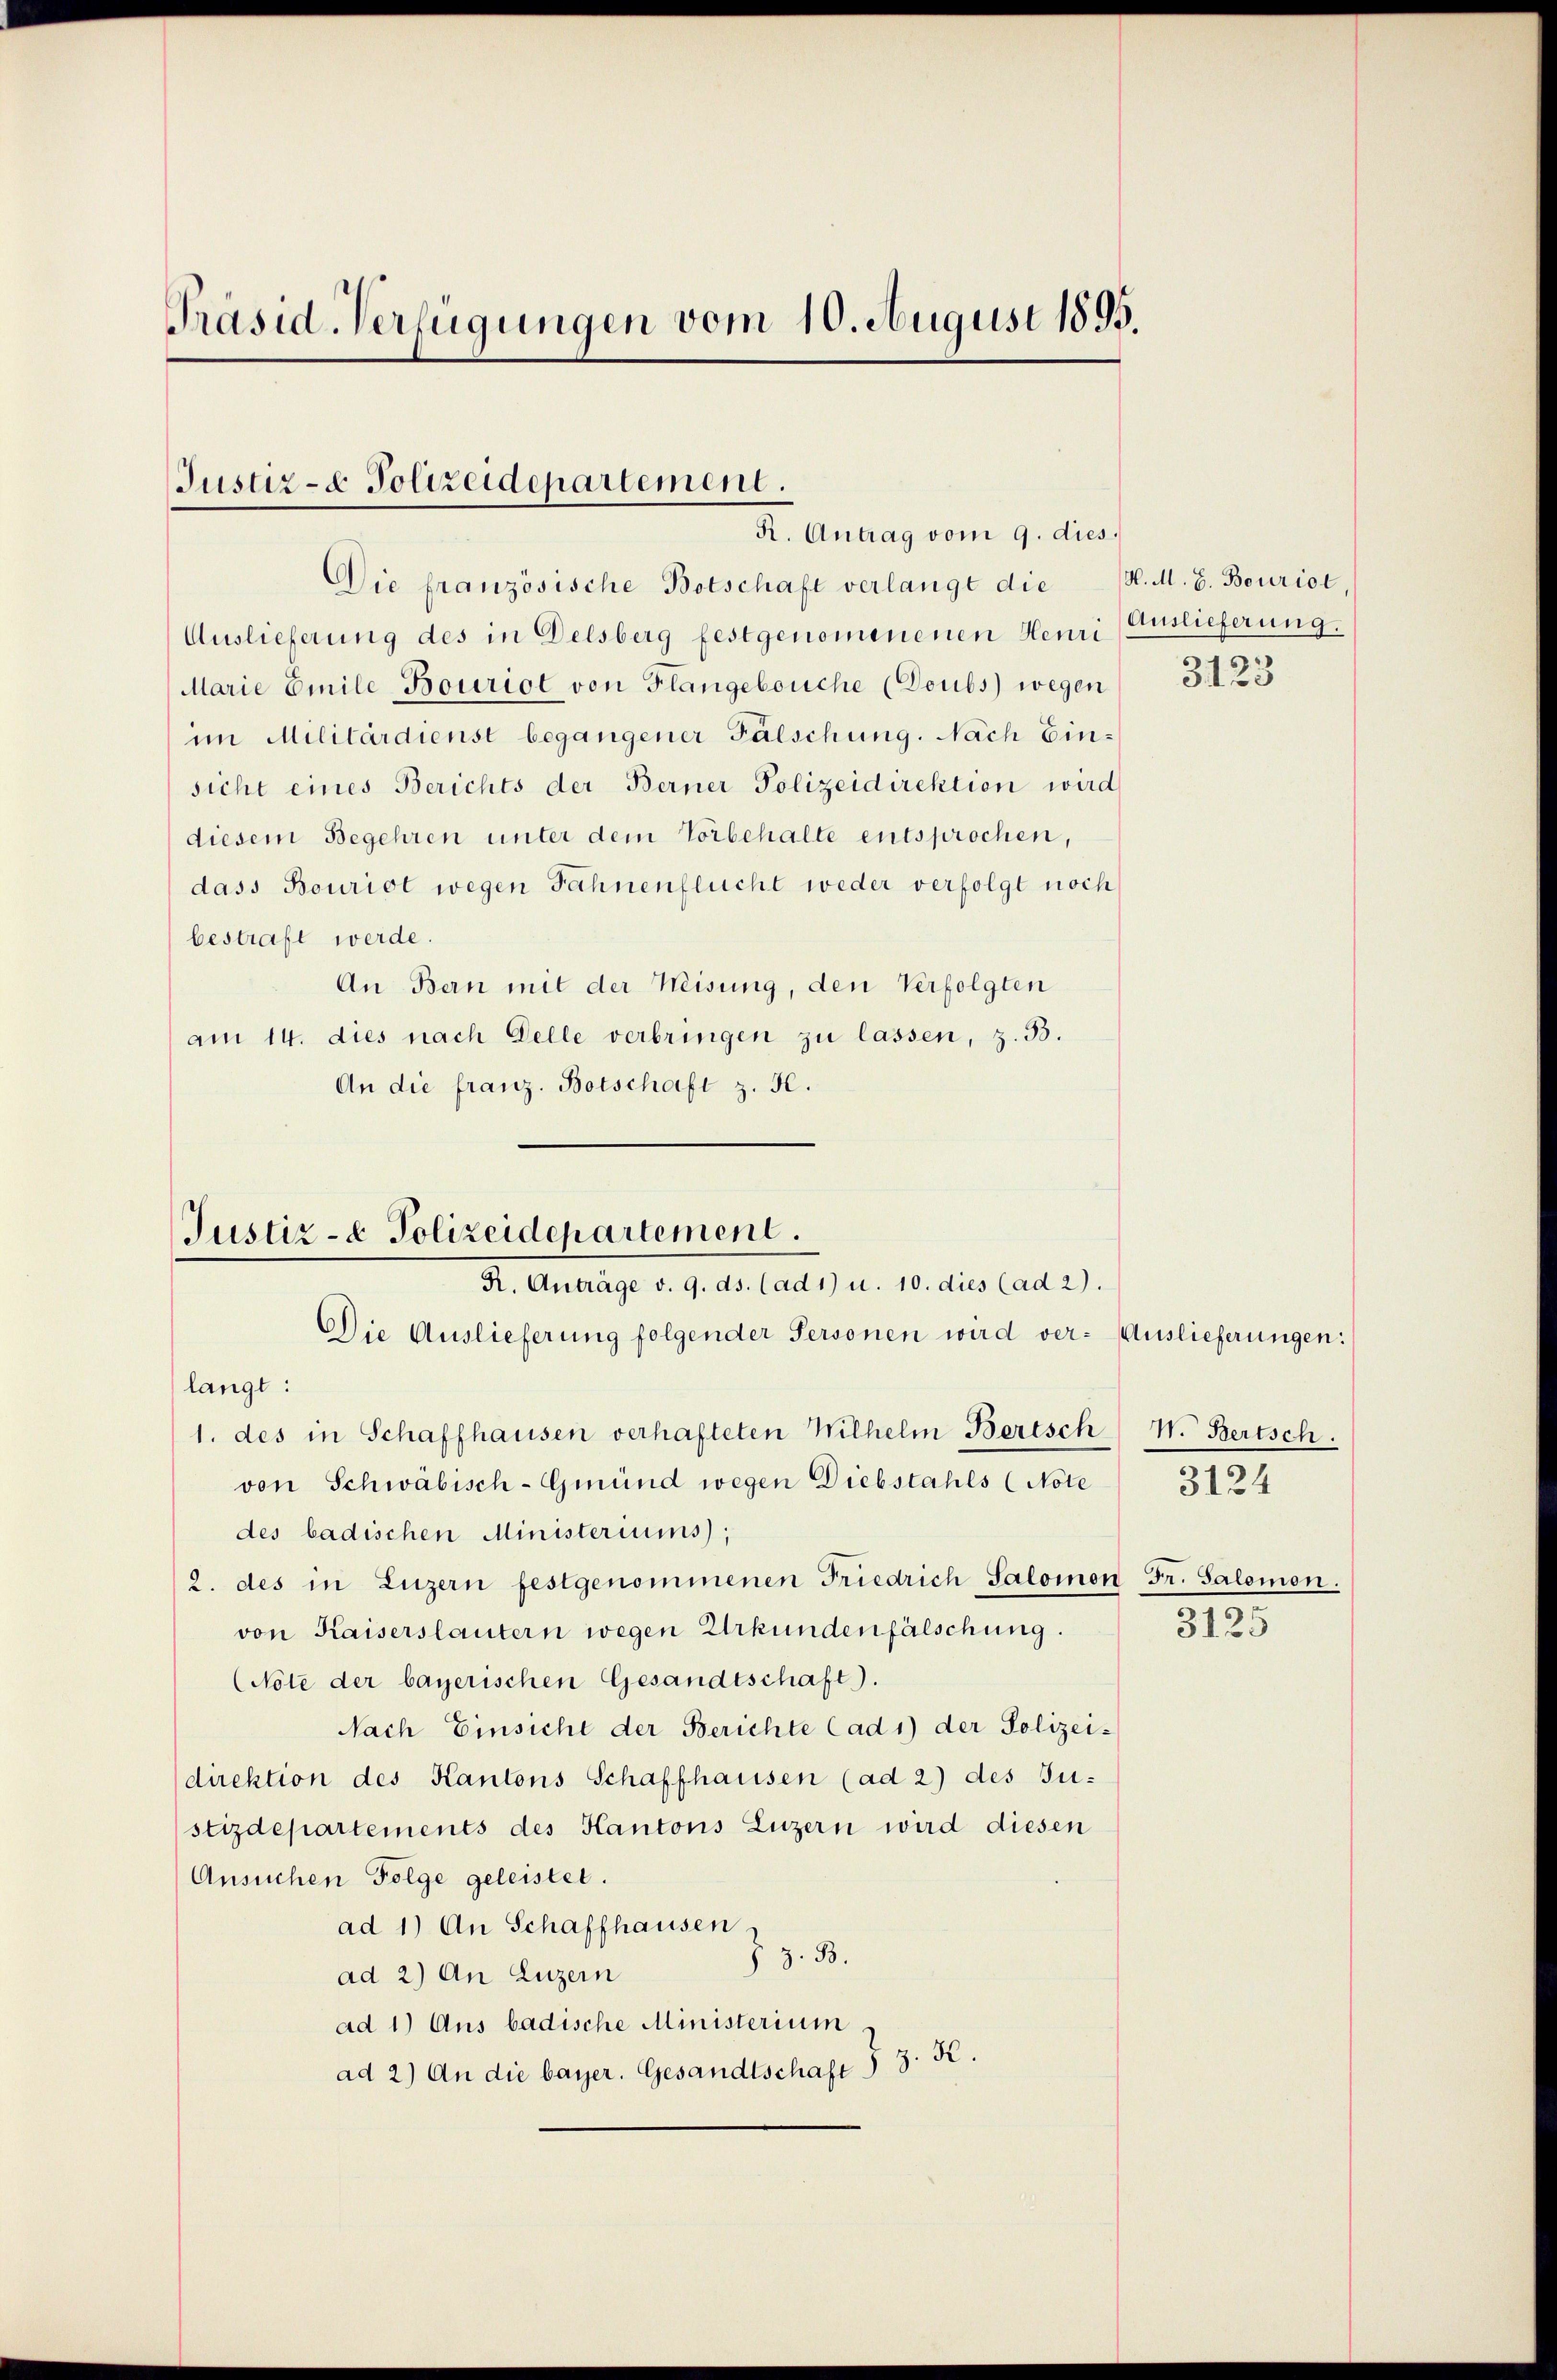
Präsid-Verfügungen vom 10. August 1895.

Justiz- & Polizeidepartement.
R. Antrag vom 9. dies.

Auslieferung des in Delsberg festgenomenenen Heur. (Auslieferung.
Marie Emile Bouriol von Flangebouche (Doubs) wegen
im Militärdienst begangener Fälschung. Nach Einsicht eines Berichts der Berner Polizeidirektion wird
diesem Begehren unter dem Vorbehalte entsprochen,
dass Bouriot wegen Fahnenflucht weder verfolgt noch
bestraft werde.
An Bern mit der Weisung, den Verfolgten
am 14. dies nach Delle verbringen zu lassen, z. 33.
An die franz. Botschaft z. 50.

Die französische Botschaft verlangt die H. M. G. Bouriol

Justiz- & Polizeidepartement.
R. Anträge v. 9. ds. (ad 1) u. 10. dies (ad 2).
Die Auslieferung folgender Personen wird ver- Auslieferungen:

langt:
1. des in Schaffhausen verhafteten Wilhelm Bertsch
von Schwäbisch-Gmünd wegen Diebstahls (Note
des badischen Ministeriums);
2. des in Luzern festgenommenen Friedrich Salomon Fr. Salomon.
von Kaiserslautern wegen Urkundenfälschung.
(Note der bayerischen Gesandtschaft).
Nach Einsicht der Berichte Cad 1) der Polizei-
direktion des Kantons Schaffhausen (ad 2) des Ju-
stizdepartements des Kantons Luzern wird diesen
Ansuchen Folge geleistet.
ad 1) An Schaffhausen
Z. z. B.
ad 2.) An Luzern
ad 1) Aus badische Ministerium
ad 2.) An die bayer. Gesandtschaft § 3. K.

3123

N. Bertsch.
3124

3125